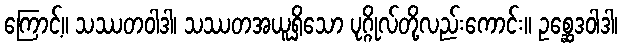
ကြောင့်။ သဿတဝါဒါ၊ သဿတအယူရှိသော ပုဂ္ဂိုလ်တို့လည်းကောင်း။ ဥစ္ဆေဒဝါဒါ၊